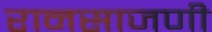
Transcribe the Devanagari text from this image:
रानसाजणी